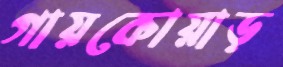
গায়কোয়াড়